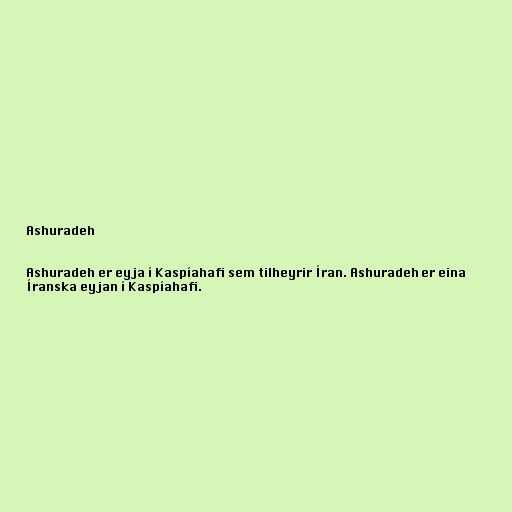
Ashuradeh

Ashuradeh er eyja í Kaspíahafi sem tilheyrir Íran. Ashuradeh er eina
Íranska eyjan í Kaspíahafi.